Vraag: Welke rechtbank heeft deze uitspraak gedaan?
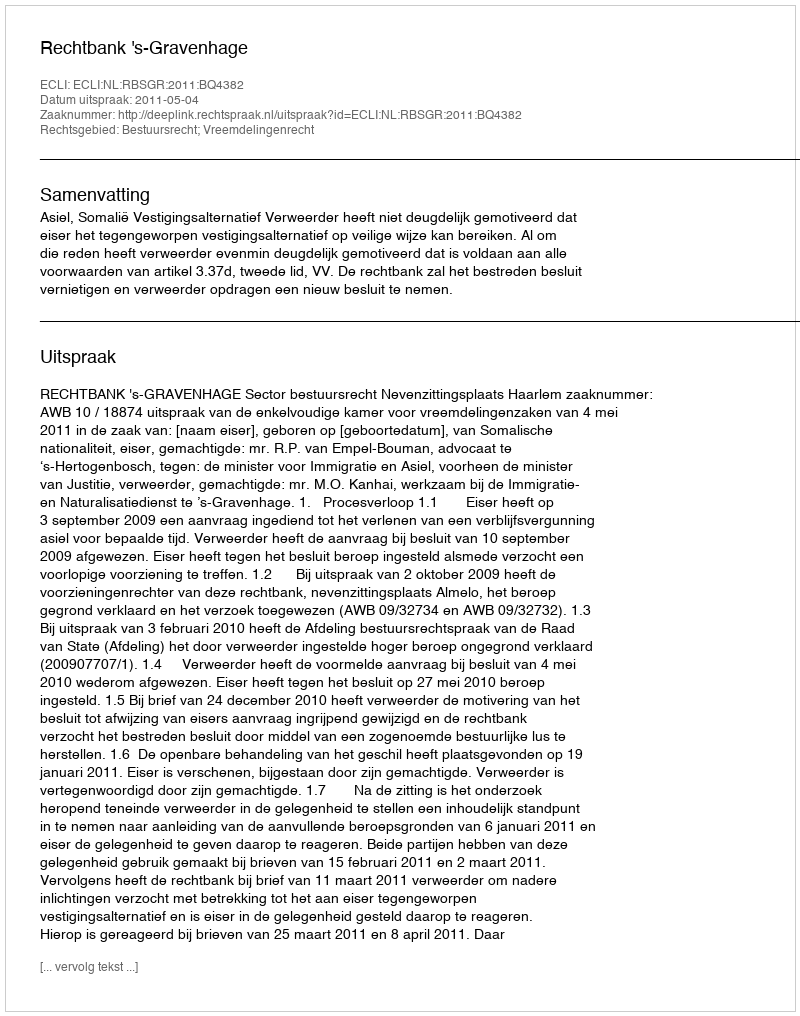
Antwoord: Rechtbank 's-Gravenhage